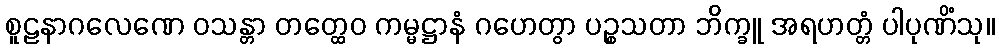
စူဠနာဂလေဏေ ဝသန္တာ တတ္ထေဝ ကမ္မဋ္ဌာနံ ဂဟေတွာ ပဉ္စသတာ ဘိက္ခူ အရဟတ္တံ ပါပုဏိံသု။